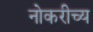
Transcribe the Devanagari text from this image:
नोकरीच्य